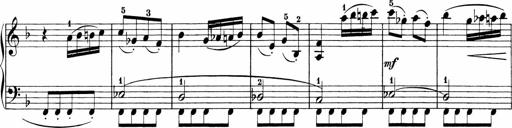
Title: Sonatinen Op.47, 98 und 136, nebst 6 Liedersonatinen
Composer: Carl Reinecke